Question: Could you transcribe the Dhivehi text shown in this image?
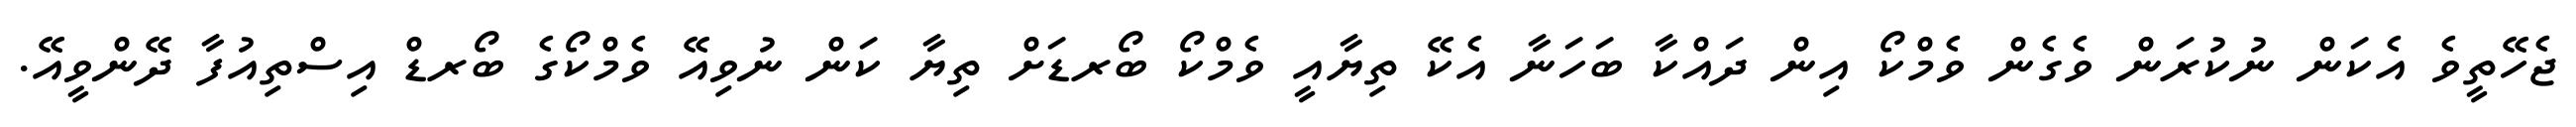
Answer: ޖެހޭތީވެ އެކަން ނުކުރަން ވެގެން ވެމްކޯ އިން ދައްކާ ބަހަނާ އެކޭ ތިޔާއީ ވެމްކޯ ބޯރޑަށް ތިޔާ ކަން ނުވިއޭ ވެމްކޯގެ ބޯރޑް އިސްތިއުފާ ދޭންވީއޭ.